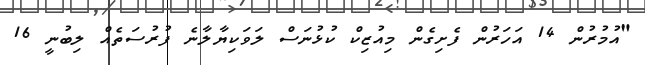
"އުމުރުން 14 އަހަރުން ފެށިގެން މިއުޒިކް ކުޅުނަސް ލަވަކިޔާލާނެ ފުރުސަތެއް ލިބުނީ 16